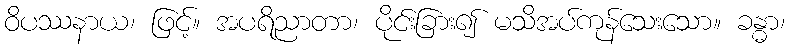
ဝိပဿနာယ၊ ဖြင့်။ အပရိညာတာ၊ ပိုင်းခြား၍ မသိအပ်ကုန်သေးသော။ ခန္ဓာ၊